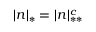
| n | _ { * } = | n | _ { * * } ^ { c }